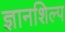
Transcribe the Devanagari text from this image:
ज्ञानशिल्प